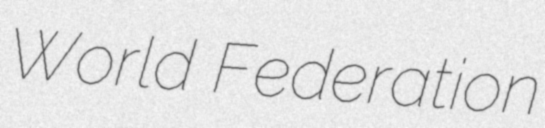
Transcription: World Federation